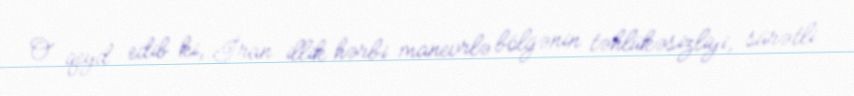
O qeyd edib ki, İran illik hərbi manevrlə bölgənin təhlükəsizliyi, sürətli